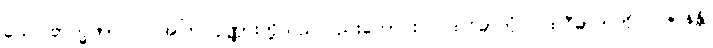
ယေ ဗြာဟ္မဏာ ဝါ၊ အကြင်ပုဏ္ဏားတို့သည်လည်းကောင်း။ ပထဝိဓာတုံ၊ ပထဝီဓာတ်ကို။ ပဇာနန္တိ၊